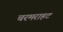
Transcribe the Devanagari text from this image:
चरमराहट